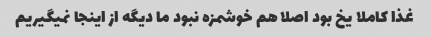
غذا کاملا یخ بود اصلا هم خوشمزه نبود ما دیگه از اینجا نمیگیریم